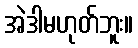
အဲဒါမဟုတ်ဘူး။